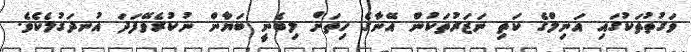
ވަގުތުތަކުގައި އަނިލްގެ ކަތި ނަޒަރުތަކުން އޭނާގެ ހިތަށް ލިބެނީ ބަޔާން ނުކުރެވޭފަދަ އުނދަގުލެކެވެ.